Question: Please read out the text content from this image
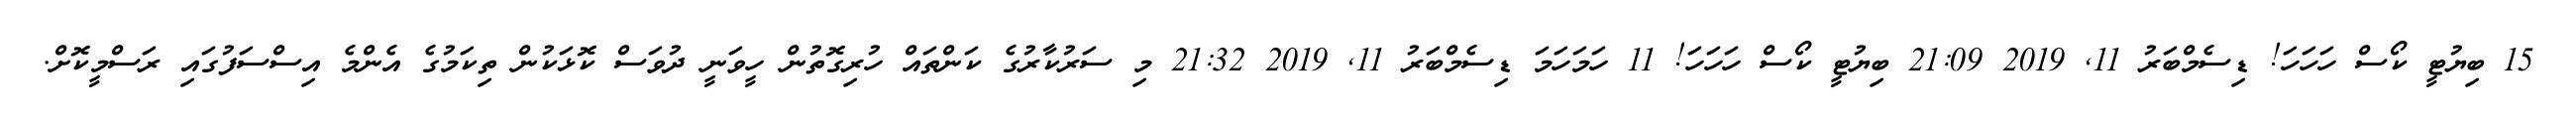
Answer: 15 ބިޔުޓީ ކޯސް ހަހަހަ! ޑިސެމްބަރު 11, 2019 21:09 ބިޔުޓީ ކޯސް ހަހަހަ! 11 ހަމަހަމަ ޑިސެމްބަރު 11, 2019 21:32 މި ސަރުކާރުގެ ކަންތައް ހުރިގޮތުން ހީވަނީ ދުވަސް ކޮޅަކުން ތިކަމުގެ އެންމެ އިސްސަފުގައި ރަސްމީކޮށް.